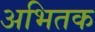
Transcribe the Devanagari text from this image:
अभितक